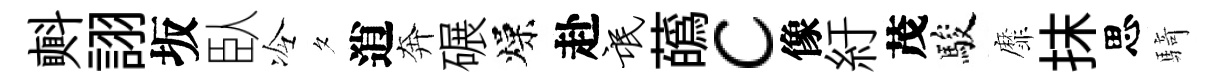
㪺詡坂臥冷夕逍奔碾燥赴氓蘤c像紆茂駿靡抹思騎